Scottish Leaving Certificate Examination, 1952
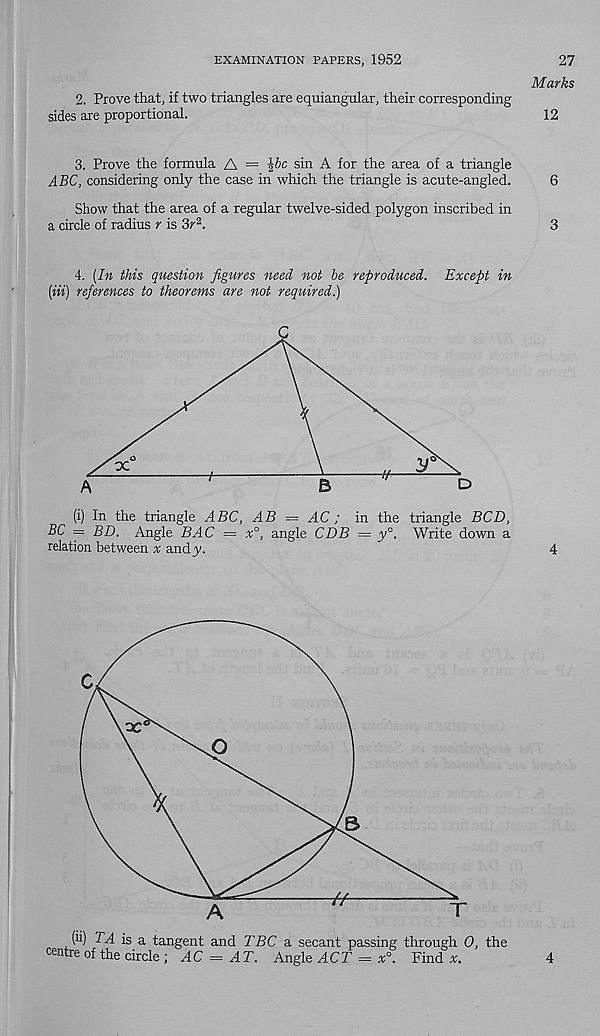
EXAMINATION PAPERS, 1952
27
Marks
2. Prove that, if two triangles are equiangular, their corresponding
sides are proportional.
12
3. Prove the formula A =
sin A for the area of a triangle
ABC, considering only the case in which the triangle is acute-angled.
6
Show that the area of a regular twelve-sided polygon inscribed in
a circle of radius r is 3r 2 .
3
4.
[In this question figures need not be reproduced.
[in) references to theorems are not required.)
(i) In the triangle ABC, AB = AC; in the triangle BCD,
BC = BD. Angle BAC = x°, angle CDB = y°. Write down a
relation between » andy.
4
(ii) TA is a tangent and TBC a secant passing through 0, the
centre of the circle ; AC = AT. Angle ACT = x°. Find
4